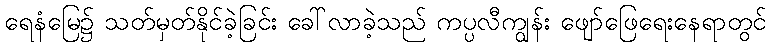
ရေနံမြေ၌ သတ်မှတ်နိုင်ခဲ့ခြင်း ခေါ်လာခဲ့သည် ကပ္ပလီကျွန်း ဖျော်ဖြေရေးနေရာတွင်